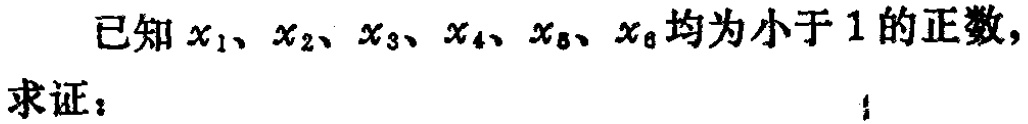
已知\(x_{1}、x_{2}、x_{3}、x_{4}、x_{5}、x_{6}\)均为小于\(1\)的正数，
求证：